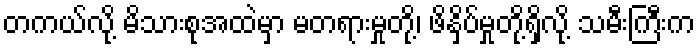
တကယ်လို့ မိသားစုအထဲမှာ မတရားမှုတို့၊ ဖိနှိပ်မှုတို့ရှိလို့ သမီးကြီးက